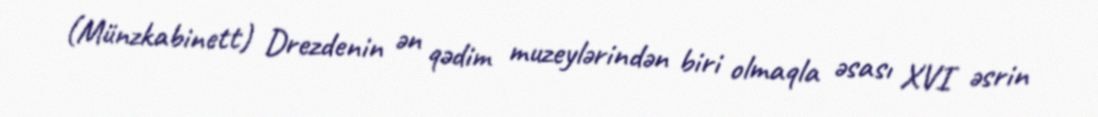
(Münzkabinett) Drezdenin ən qədim muzeylərindən biri olmaqla əsası XVI əsrin